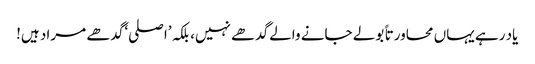
یاد رہے یہاں محاورتا ً بولے جانے والے گدھے نہیں، بلکہ ’اصلی‘ گدھے مراد ہیں!